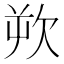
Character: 欮